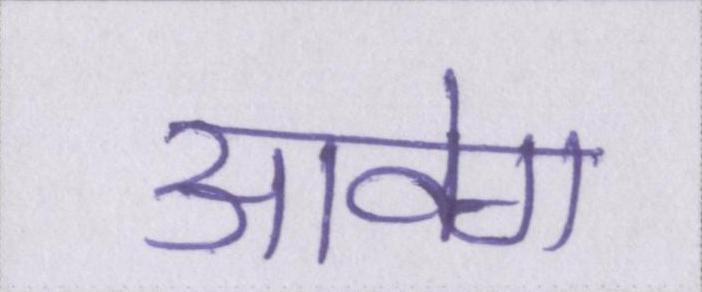
आवेग